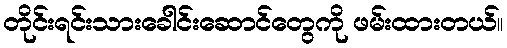
တိုင်းရင်းသားခေါင်းဆောင်တွေကို ဖမ်းထားတယ်။